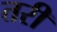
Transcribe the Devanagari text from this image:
तरी